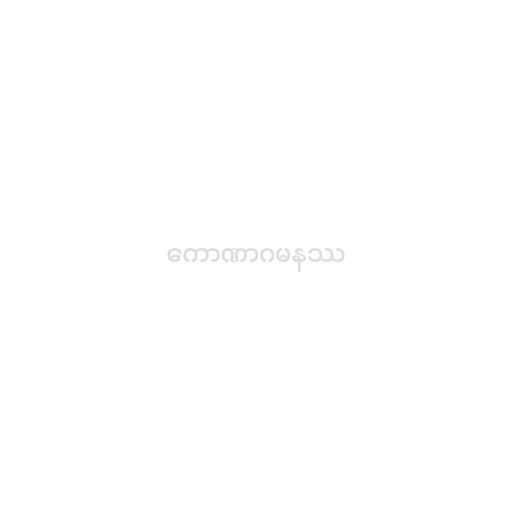
ကောဏာဂမနဿ